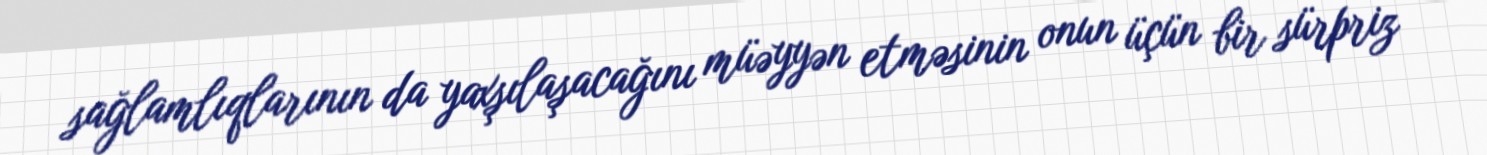
sağlamlıqlarının da yaxşılaşacağını müəyyən etməsinin onun üçün bir sürpriz